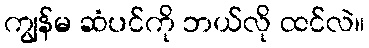
ကျွန်မ ဆံပင်ကို ဘယ်လို ထင်လဲ။